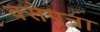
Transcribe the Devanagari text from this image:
क्सेपना